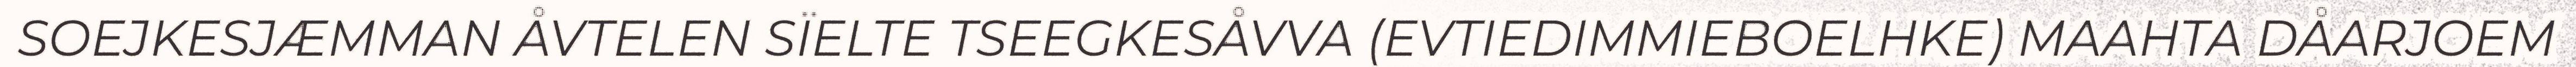
SOEJKESJÆMMAN ÅVTELEN SÏELTE TSEEGKESÅVVA (EVTIEDIMMIEBOELHKE) MAAHTA DÅARJOEM